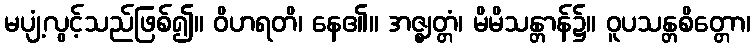
မပျံ့လွင့်သည်ဖြစ်၍။ ဝိဟရတိ၊ နေ၏။ အဇ္ဈတ္တံ၊ မိမိသန္တာန်၌။ ဝူပသန္တစိတ္တော၊